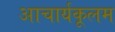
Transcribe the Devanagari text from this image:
आचार्यकूलम